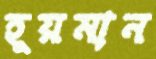
হূয়মান